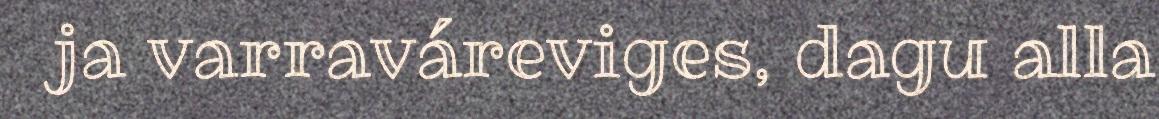
ja varraváreviges, dagu alla